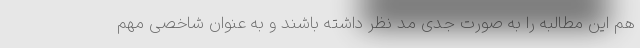
هم این مطالبه را به صورت جدی مد نظر داشته باشند و به عنوان شاخصی مهم